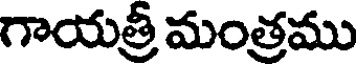
గాయత్రీ మంత్రము